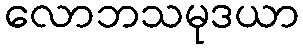
လောဘသမုဒယာ